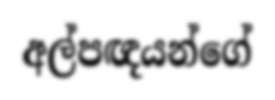
අල්පඥයන්ගේ